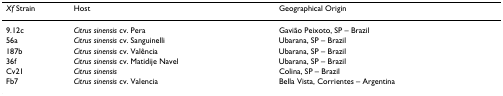
<table><thead><tr><td><b><i>Xf </i>Strain</b></td><td><b>Host</b></td><td><b>Geographical Origin</b></td></tr></thead><tbody><tr><td>9.12c</td><td><i>Citrus sinensis </i>cv. Pera</td><td>Gavião Peixoto, SP – Brazil</td></tr><tr><td>56a</td><td><i>Citrus sinensis </i>cv. Sanguinelli</td><td>Ubarana, SP – Brazil</td></tr><tr><td>187b</td><td><i>Citrus sinensis </i>cv. Valência</td><td>Ubarana, SP – Brazil</td></tr><tr><td>36f</td><td><i>Citrus sinensis </i>cv. Matidije Navel</td><td>Ubarana, SP – Brazil</td></tr><tr><td>Cv21</td><td><i>Citrus sinensis</i></td><td>Colina, SP – Brazil</td></tr><tr><td>Fb7</td><td><i>Citrus sinensis </i>cv. Valencia</td><td>Bella Vista, Corrientes – Argentina</td></tr></tbody></table>